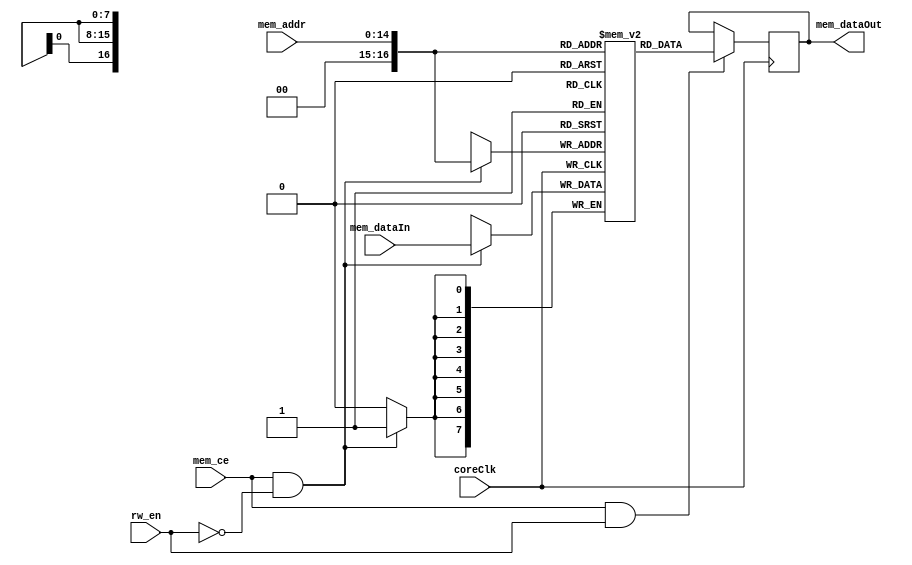
`timescale 1ns / 1ps
//-------------------------------------------------------------------
// Copyright  2013 TECHVULCAN, Inc. All rights reserved.		   
// TechVulcan Confidential and Proprietary
// Not to be used, copied reprodumem_ced in whole or in part, nor	   
// its contents							   
// revealed in any manner to others without the express written	   
// permission	of TechVulcan 					   
// Limem_censed Material.						   
// Program Property of TECHVULCAN Incorporated.	
// ------------------------------------------------------------------
// AUTHOR EMAIL	: lalit.kumar@techvulcan.com
// VERSION        : 0.1
//-------------------------------------------------------------------

module uctl_memory #(
   parameter			MEM_ADDR_SIZE	= 15,
                     MEM_DATA_SIZE 	= 8
   )(
  input wire 		 		              coreClk   ,		//input clock
  input wire                          mem_ce    ,
  input wire 				              rw_en     ,    //input read/write enable
  input wire  	[MEM_ADDR_SIZE - 1:0]  mem_addr  ,	   //input memory write address
  input wire  	[MEM_DATA_SIZE - 1:0]  mem_dataIn,	   //input data 
  output reg 	[MEM_DATA_SIZE - 1:0]  mem_dataOut
   );

 

   localparam   MEM_SIZE    = 2**MEM_ADDR_SIZE<<2'b10; // 32 kB  
                  

   /////internal variable declaration/////////////////////////
   reg 	[MEM_DATA_SIZE - 1:0]	memory [0:MEM_SIZE-1];

   /////code start here///////////////////////////////////////
   always @ (posedge coreClk ) begin 
      if(mem_ce && rw_en) begin 
   	   mem_dataOut <= memory[mem_addr];	
      end
   end
   always @ (posedge coreClk ) begin 
      if(mem_ce && !rw_en) begin 
   	 memory[mem_addr]  <= mem_dataIn;
   	end		
	end
endmodule